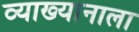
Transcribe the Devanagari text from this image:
व्याख्यानाला